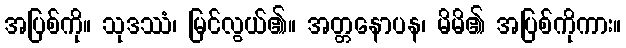
အပြစ်ကို။ သုဒဿံ၊ မြင်လွယ်၏။ အတ္တနောပန၊ မိမိ၏ အပြစ်ကိုကား။